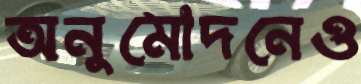
অনুমোদনেও